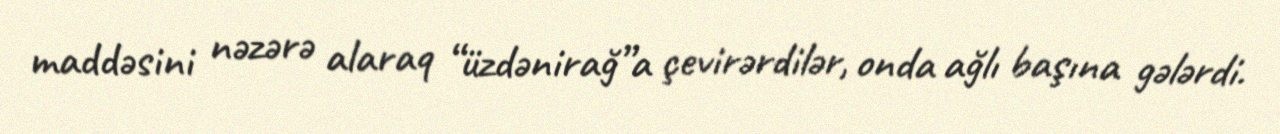
maddəsini nəzərə alaraq “üzdənirağ”a çevirərdilər, onda ağlı başına gələrdi.